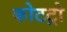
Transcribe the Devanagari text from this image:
कोटट्रो